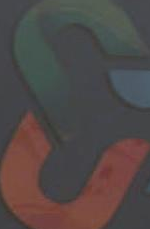
S